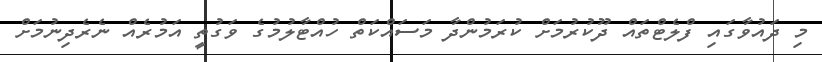
މި ދައުވާގައި ފްލެޓްތައް ދޫކުރުމަށް ކުރަމުންދާ މަސައްކަތް ހުއްޓާލުމުގެ ވަގުތީ އަމުރެއް ނެރެދިނުމަށް